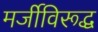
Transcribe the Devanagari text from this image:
मर्जीविरूद्ध